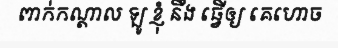
ពាក់កណ្តាល ឡូ ខ្ញុំ នឹង ធ្វើឲ្យ គេហោច